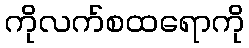
ကိုလက်စထရောကို